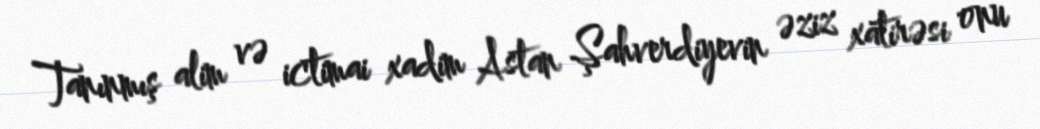
Tanınmış alim və ictimai xadim Astan Şahverdiyevin əziz xatirəsi onu